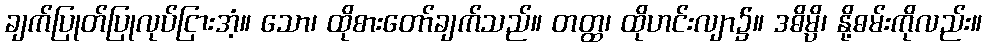
ချက်ပြုတ်ပြုလုပ်ငြားအံ့။ သော၊ ထိုစားတော်ချက်သည်။ တတ္ထ၊ ထိုဟင်းလျာ၌။ ဒဓိမ္ပိ၊ နို့ဓမ်းကိုလည်း။